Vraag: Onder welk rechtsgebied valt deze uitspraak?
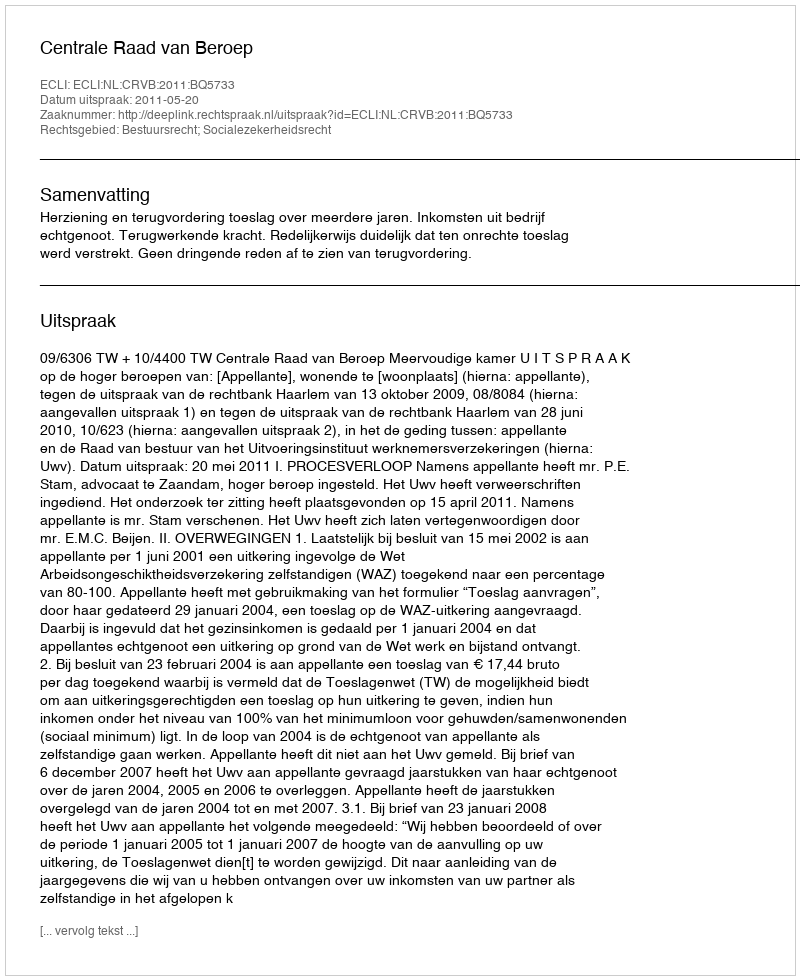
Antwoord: Bestuursrecht; Socialezekerheidsrecht